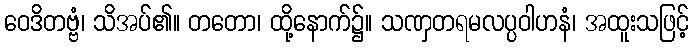
ဝေဒိတဗ္ဗံ၊ သိအပ်၏။ တတော၊ ထို့နောက်၌။ သဏှတရမလပ္ပဝါဟနံ၊ အထူးသဖြင့်